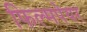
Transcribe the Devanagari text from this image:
फिल्मपेयर